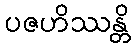
ပဇဟိဿန္တိ